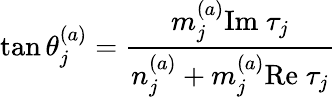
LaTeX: \tan\theta_{j}^{(a)}={\frac{m_{j}^{(a)}\mathrm{Im}\; \tau_{j}}{n_{j}^{(a)}+m_{j}^{(a)}\mathrm{Re}\; \tau_{j}}}